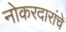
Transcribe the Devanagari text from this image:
नोकरदारांचे